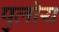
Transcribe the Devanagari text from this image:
पुलीय